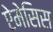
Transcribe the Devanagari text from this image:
ऐमेसिस